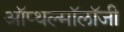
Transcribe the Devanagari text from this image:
ऑप्थल्मॉलॉजी